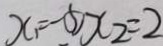
x _ { 1 } = - 5 x _ { 2 } = 2